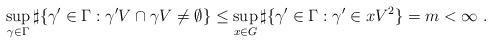
LaTeX: \begin{align*}\sup_{\gamma\in\Gamma} \sharp\{ \gamma^{\prime}\in\Gamma: \gamma^{\prime}V\cap\gamma V \not = \emptyset\} \le\sup_{x \in G} \sharp\{ \gamma^{\prime}\in\Gamma: \gamma^{\prime} \in x V^{2} \} = m < \infty~.\end{align*}